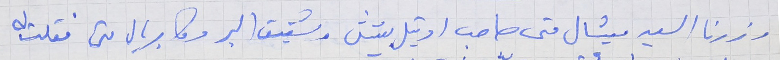
زرنا السيد ميشال متى صاحب اوتيل بيتش وشقيق البر وكابريال متى فقلت له